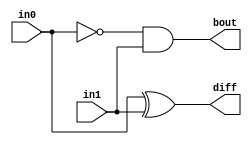
module half_sub1(bout,diff,in0,in1);
input in0,in1;
output bout,diff;
xor(diff,in0,in1);
not(c,in0);
and(bout,c,in1);
endmodule